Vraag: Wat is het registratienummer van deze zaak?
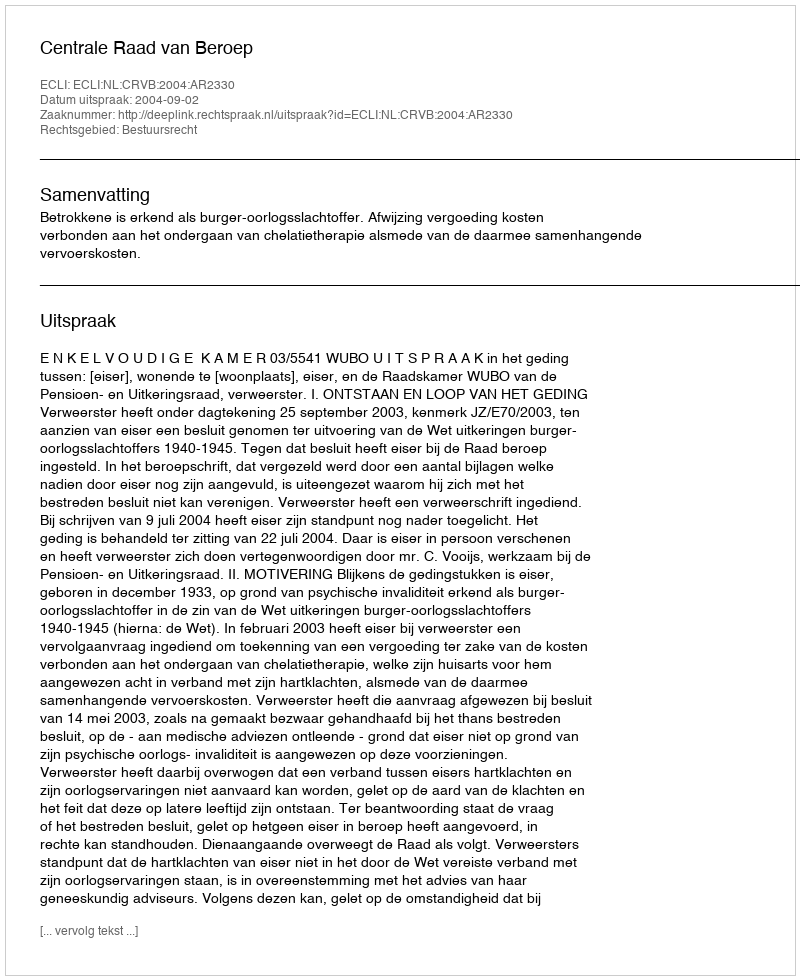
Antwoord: http://deeplink.rechtspraak.nl/uitspraak?id=ECLI:NL:CRVB:2004:AR2330